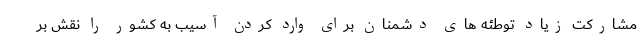
مشارکت زیاد توطئه های دشمنان برای وارد کردن آسیب به کشور را نقش بر